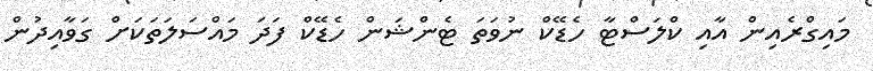
މައިގްރެއިން އާއި ކްލަސްޓާ ހެޑޭކް ނުވަތަ ޓެންޝަން ހެޑޭކް ފަދަ މައްސަލަތަކަށް ގަވާއިދުން